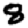
Digit: 8